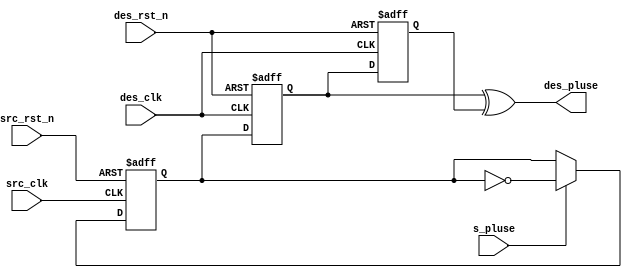
`timescale 1ns / 1ps

module pluse_sync(
          input src_clk,
          input src_rst_n,
          input s_pluse,
          input des_clk,
          input des_rst_n,
          output des_pluse
);
                                    

reg 	src_pluse;
//
always @ (posedge src_clk or negedge src_rst_n)
    if(!src_rst_n)
        src_pluse <= 1'b0;
    else if(s_pluse)
        //
        src_pluse <= ~src_pluse;
    else 
        //latch
        src_pluse <= src_pluse;
        
reg		 d_reg1,d_reg2;

//
always @ (posedge des_clk or negedge des_rst_n)
    if(!des_rst_n)
        {d_reg1,d_reg2} <= 2'b00;
    else
        {d_reg1,d_reg2} <= {src_pluse,d_reg1};


// assign des_pluse = (d_reg1 != d_reg2) ? 1'b1:1'b0;
assign des_pluse = d_reg1 ^ d_reg2 ;
// assign des_pluse = d_reg1 & ~d_reg2 ;




endmodule